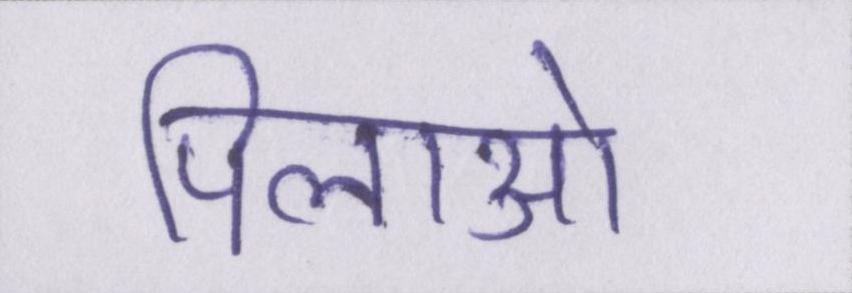
पिलाओ